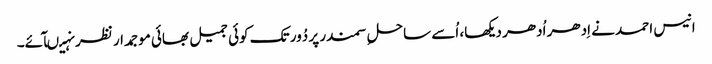
انیس احمد نے اِدھر اُدھر دیکھا، اُسے ساحلِ سمندر پر دُور تک کوئی جمیل بھائی موجمدار نظر نہیںآئے۔